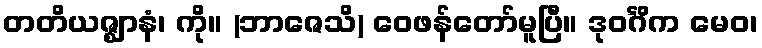
တတိယဇ္ဈာနံ၊ ကို။ (ဘာဇေသိ) ဝေဖန်တော်မူပြီ။ ဒုဝင်္ဂိက မေဝ၊